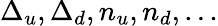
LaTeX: \Delta_{u},\Delta_{d},n_{u},n_{d},...